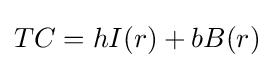
TC=hI(r)+bB(r)